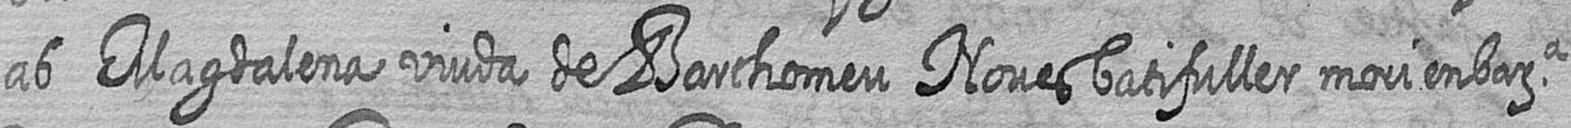
ab Magdalena viuda de Barthomeu Noves batifuller mori en bara